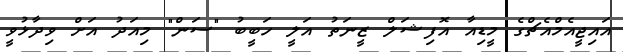
އައިޖީއެމްއެޗްގެ މީޑިއާ އޮފިޝަލް ޒީނަތު އަލީ ހަބީބު "ސަން" މިއަދު އަށް ވިދާޅުވީ